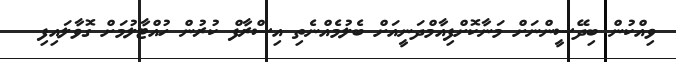
ވިއްކުން ބިދޭސީންނަށް މަނާކޮށްފިއާމްދަނީއަށް ބެލުމެއްނެތި އިސްރާފް ކުރުން ހުއްޓާލުމަށް ގޮވާލައިފި